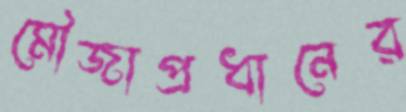
মৌজাপ্রধানের